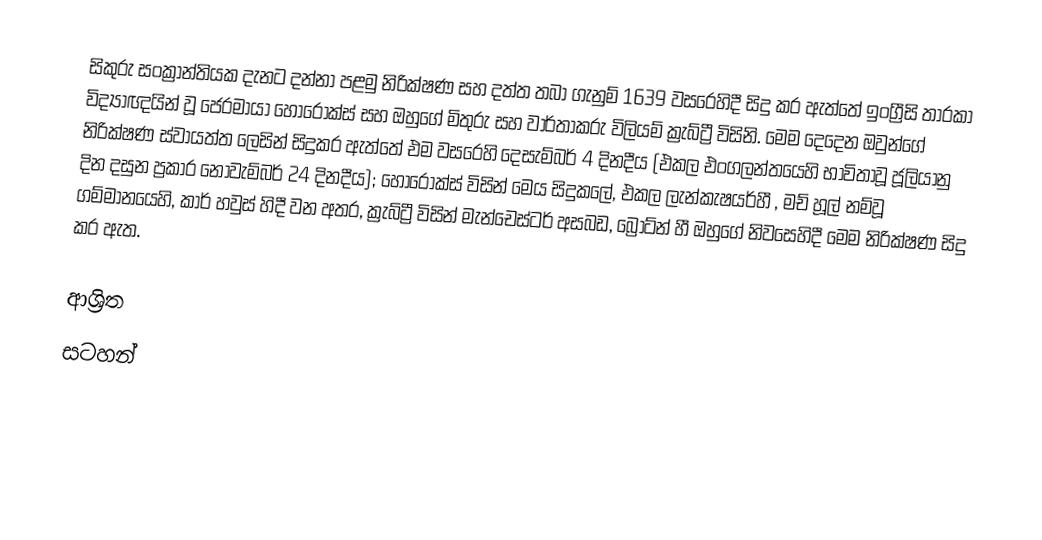
සිකුරු සංක්‍රාන්තියක දැනට දන්නා පළමු නිරික්ෂණ සහ දත්ත තබා ගැනුම් 1639 වසරෙහිදී සිදු කර ඇත්තේ ඉංග්‍රීසි  තාරකා විද්‍යාඥයින් වූ  ජෙරමායා හොරෝක්ස් සහ ඔහුගේ මිතුරු සහ වාර්තාකරු විලියම් ක්‍රැබ්ට්‍රී විසිනි. මෙම දෙදෙන ඔවුන්ගේ නිරික්ෂණ ස්වායත්ත ලෙසින් සිදුකර ඇත්තේ එම වසරෙහි  දෙසැම්බර් 4 දිනදීය  (එකල එංගලන්තයෙහි භාවිතාවූ ජූලියානු දින දසුන ප්‍රකාර  නොවැම්බර් 24  දිනදීය); හොරොක්ස් විසින් මෙය සිදුකලේ, එකල   ලැන්කැෂයර්හී , මච් හූල් නම්වූ ගම්මානයෙහි, කාර් හවුස් හිදී වන අතර, ක්‍රැබ්ට්‍රී විසින් මැන්චෙස්ටර් අසබඩ, බ්‍රෝට්න් හී ඔහුගේ නිවසෙහිදී මෙම නිරික්ෂණ සිදු කර ඇත.

ආශ්‍රිත
සටහන්